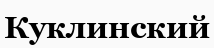
Куклинский